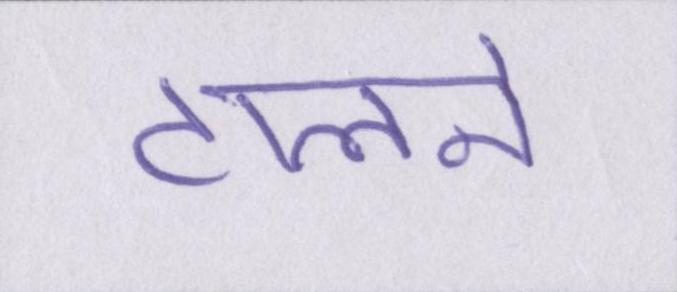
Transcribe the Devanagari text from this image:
टालने